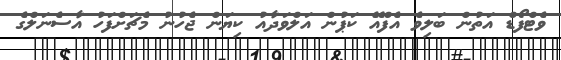
ވެޓްފޯޑް އަތުން ބަލިވެ އެފްއޭ ކަޕުން އަލްވަދާއު ކިޔަން ޖެހުނު މެޗަށްފަހު އާސެނަލްގެ